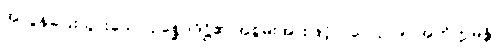
အလွန်ပြေးသွားသော ဥစ္ဆေဒဒိဋ္ဌိ၏ အစွမ်းအားဖြင့်။ (ပေ ၃၂၉) အတိက္ကမန္တိ၊